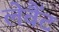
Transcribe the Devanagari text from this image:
लेवैंट